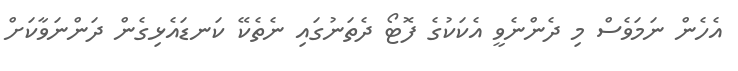
އެހެން ނަމަވެސް މި ދެންނެވީ އެކަކުގެ ފޮޓޯ ދެތަނުގައި ނެތެކޭ ކަނޑައެޅިގެން ދަންނަވާކަށް